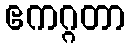
ဧကဂ္ဂတာ